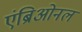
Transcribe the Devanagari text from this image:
एंब्रिओनल